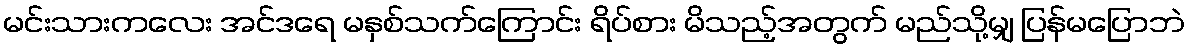
မင်းသားကလေး အင်ဒရေ မနှစ်သက်ကြောင်း ရိပ်စား မိသည့်အတွက် မည်သို့မျှ ပြန်မပြောဘဲ